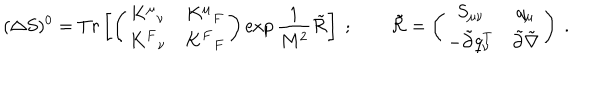
( \Delta S ) ^ { 0 } = T r \left[ \left( \begin{matrix} { { K ^ { \mu } { } _ { \nu } } } & { { K ^ { \mu } { } _ { F } } } \\ { { K ^ { F } { } _ { \nu } } } & { { K ^ { F } { } _ { F } } } \\ \end{matrix} \right) \exp \frac { 1 } { M ^ { 2 } } \tilde { \cal R } \right] \ ; \qquad \tilde { \cal R } = \left( \begin{matrix} { { S _ { \mu \nu } } } & { { q _ { \mu } } } \\ { { - \tilde { \partial } q _ { \nu } ^ { T } } } & { { \tilde { \partial } \tilde { \nabla } } } \\ \end{matrix} \right) \ .